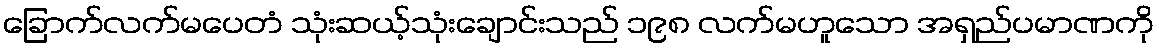
ခြောက်လက်မပေတံ သုံးဆယ့်သုံးချောင်းသည် ၁၉၈ လက်မဟူသော အရှည်ပမာဏကို